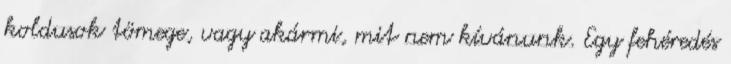
koldusok tömege, vagy akármi, mit nem kívánunk. Egy fehéredés